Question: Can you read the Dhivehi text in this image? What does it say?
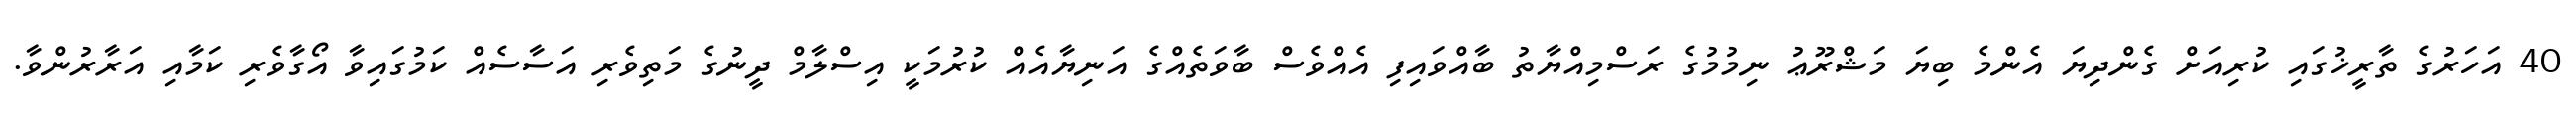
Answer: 40 އަހަރުގެ ތާރީޚުގައި ކުރިއަށް ގެންދިޔަ އެންމެ ބިޔަ މަޝްރޫޢު ނިމުމުގެ ރަސްމިއްޔާތު ބާއްވައިފި އެއްވެސް ބާވަތެއްގެ އަނިޔާއެއް ކުރުމަކީ އިސްލާމް ދީނުގެ މަތިވެރި އަސާސެއް ކަމުގައިވާ އޯގާވެރި ކަމާއި އަރާރުންވާ.